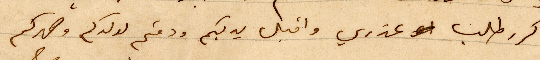
اكرر طلب عذري واقبل يديكم ودمتم لولدكم وصهركم